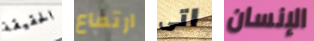
الحقيقة ارتفاع اتى الإنسان